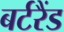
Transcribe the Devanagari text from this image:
बर्टरैंड